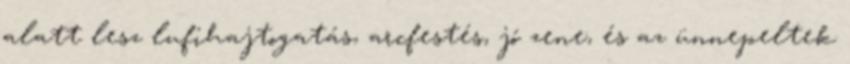
alatt lesz lufihajtogatás, arcfestés, jó zene, és az ünnepeltek